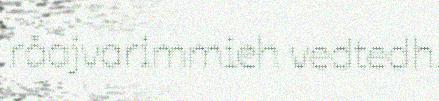
råajvarimmieh vedtedh.